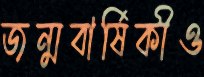
জন্মবার্ষিকীও